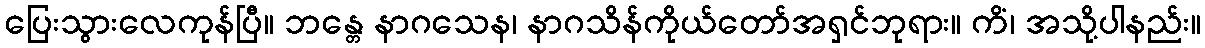
ပြေးသွားလေကုန်ပြီ။ ဘန္တေ နာဂသေန၊ နာဂသိန်ကိုယ်တော်အရှင်ဘုရား။ ကိံ၊ အသို့ပါနည်း။